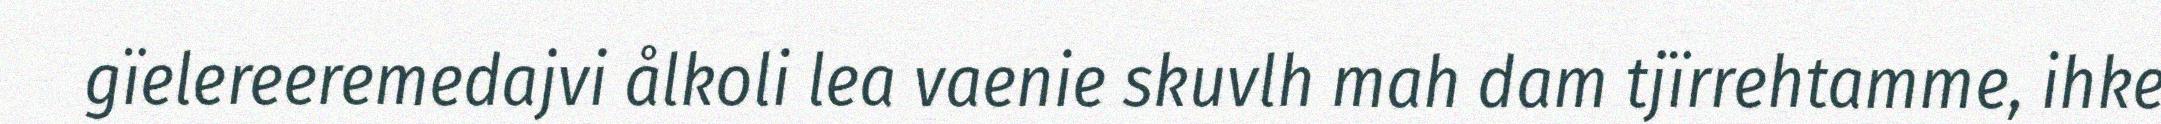
gïelereeremedajvi ålkoli lea vaenie skuvlh mah dam tjïrrehtamme, ihke